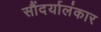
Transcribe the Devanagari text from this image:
सौंदर्यालंकार